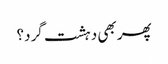
پھر بھی دہشت گرد؟